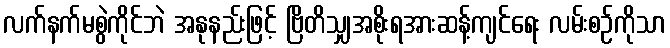
လက်နက်မစွဲကိုင်ဘဲ အနုနည်းဖြင့် ဗြိတိသျှအစိုးရအားဆန့်ကျင်ရေး လမ်းစဉ်ကိုသာ